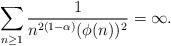
\begin{align*}\sum_{n\ge 1}\frac{1}{n^{2(1-\alpha)}(\phi(n))^2}=\infty.\end{align*}